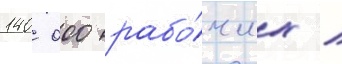
140 000 рабо́чих /